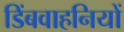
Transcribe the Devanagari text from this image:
डिंबवाहनियों